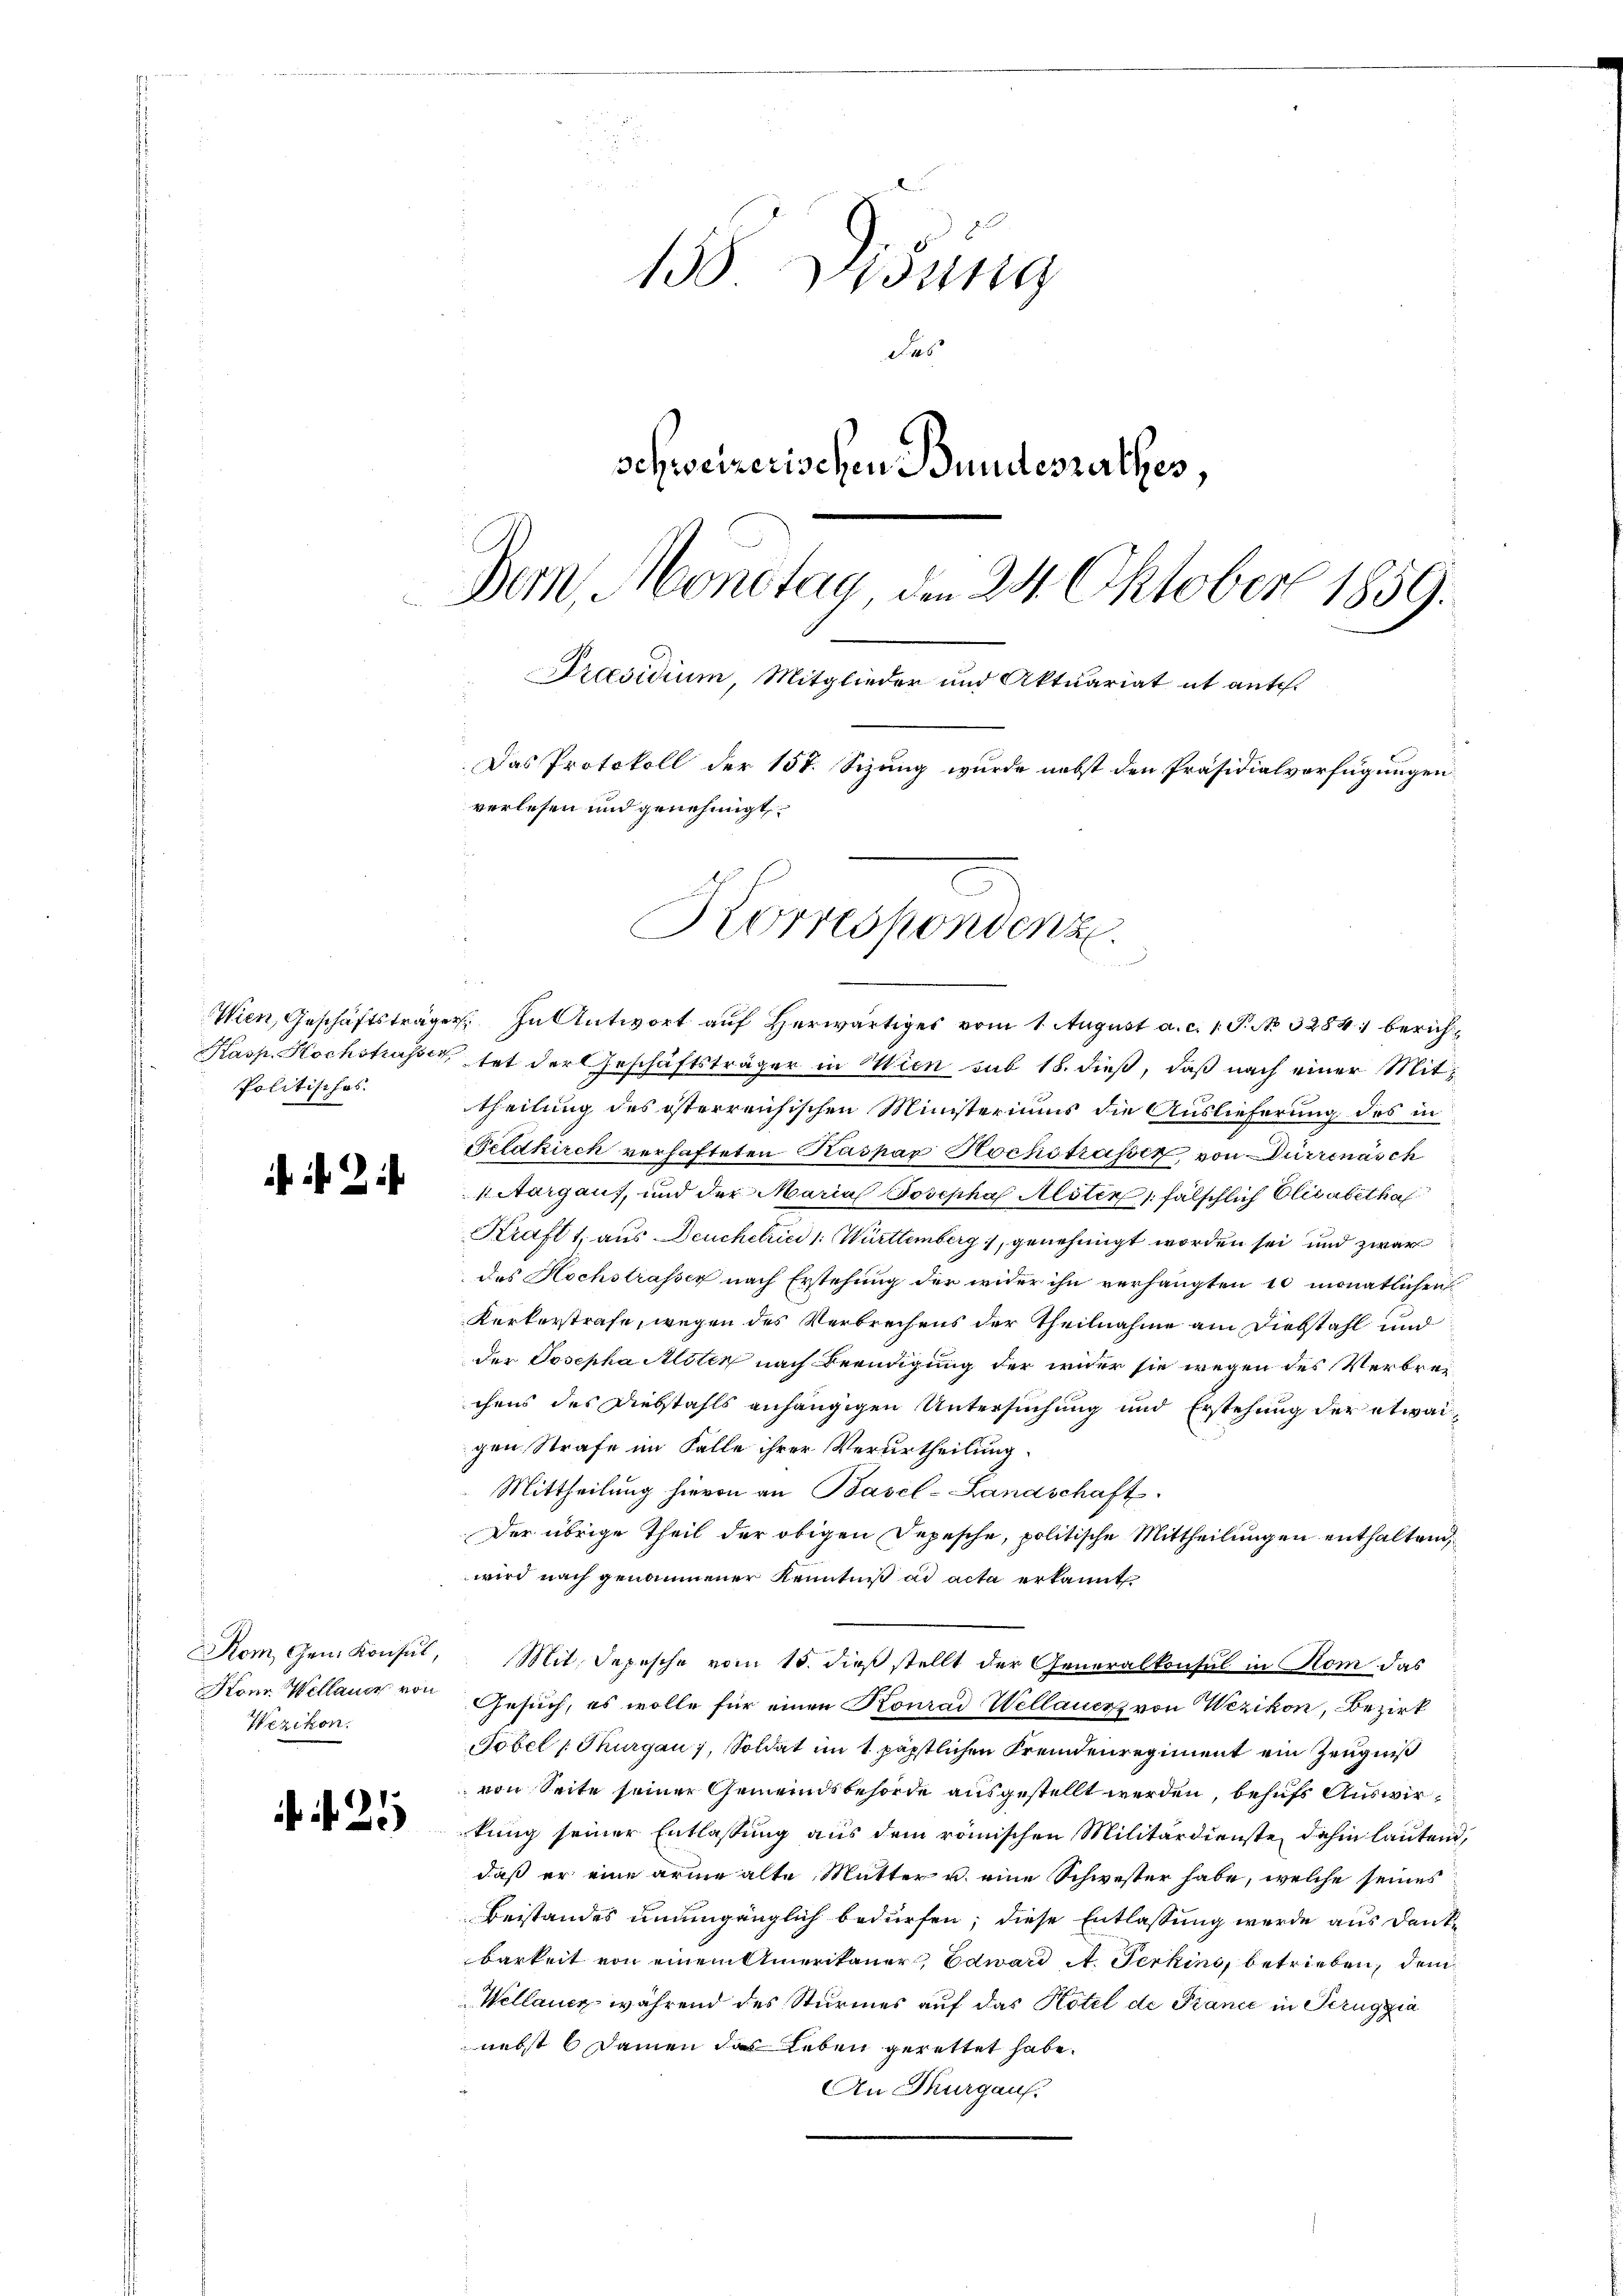
Politisches

2

Wezikon.

130. Jung
S. 46
schweizerischen Bundesrathes,
Bern, Montag den 24. Oktober 1859.
Präsidium, Mitglieder und Aktuariat it ante.
Das Protokoll der 157. Sizung wurde nebst den Präsidialverfügungen
verlesen und genehmigt.

N. 25

Wien, Geschäftsträger. In Antwort auf herwärtiges vom 1. August a. c. 1 P. No. 3284 berich¬
Kasp. Hochstrasser, tat der Geschäftsträger in Wien sub 18. dieß, daß nach einer Mittheilung des österreichischen Ministeriums die Auslieferung des in
Feldkirch verhafteten Kaspar Hochstrassen von Dürrenäsch
1 Aargaus, und der Maria Josepha Alsten fälschlich Elisabetha
Kraft 1, aus Deuchetrici 1: Württemberg, genehmigt worden sei und zwar
des Hochstrasser nach Erstehung der wider ihn verhängten 10 monatlichen
Kerkerstrafe, wegen des Verbrechens der Theilnahme am Diebstahl und
der Josepha Alsten nach Beendigung der wider sie wegen des Verbrechens des Diebstahls anhängigen Untersuchung und Erstehung der etwaigen Strafe im Falle ihrer Verurtheilung.
Mittheilung hievon an Basel-Landschaft.
Der übrige Theil der obigen Depesche, politische Mittheilungen enthaltend,
wird nach genommener Kenntniß ad acta erkannt
Vom Gen. Konsul, Mit Depesche vom 15. dieß stellt der Generalkonsul in Rom das
Konr. Wellauer von Gesuch, es wolle für einen Konrad Wellauerz von Wezikon, Bezirk
Tobel (Thurgau, Soldat im 1 päpstlichen Fremdenregiment ein Zeugniß
von Seite seiner Gemeindsbehörde ausgestellt werden, behufs Auswirkung seiner Entlassung aus dem römischen Militärdienste dahin lautend,
daß er eine arme alte Mutter u. eine Schwester habe, welche seines
Beistandes unumgänglich bedürfen; diese Entlassung werde aus Danke
barkeit von einem Amerikaner, Edward A. Ferkins, betrieben, dem
Wellauer während des Sturmes auf das Potel de Pianić in Perugzia
nebst 6 Damen das Leben gerettet habe.
An Kurgaus.

Korresponvenz